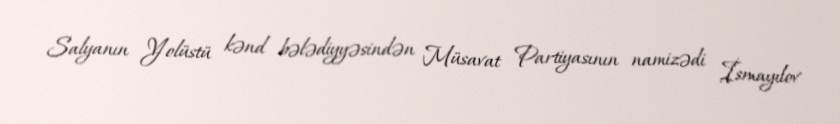
Salyanın Yolüstü kənd bələdiyyəsindən Müsavat Partiyasının namizədi İsmayılov